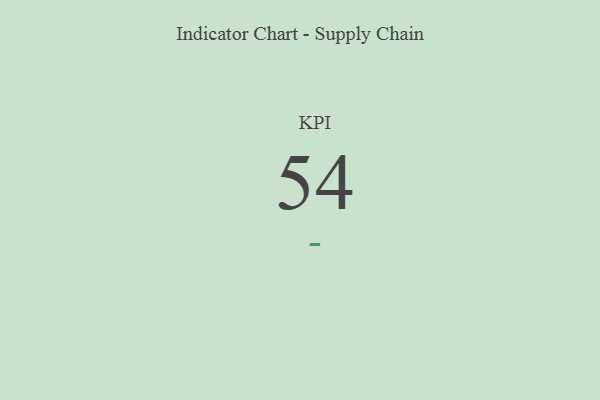
{"axis": {"x": "KPI", "y": "Value"}, "legend": [""], "data": [{"x": "KPI", "y": 54, "type": ""}]}